Vaccination in Bombay 1863-1868 - 1863-1868
Year: 1863
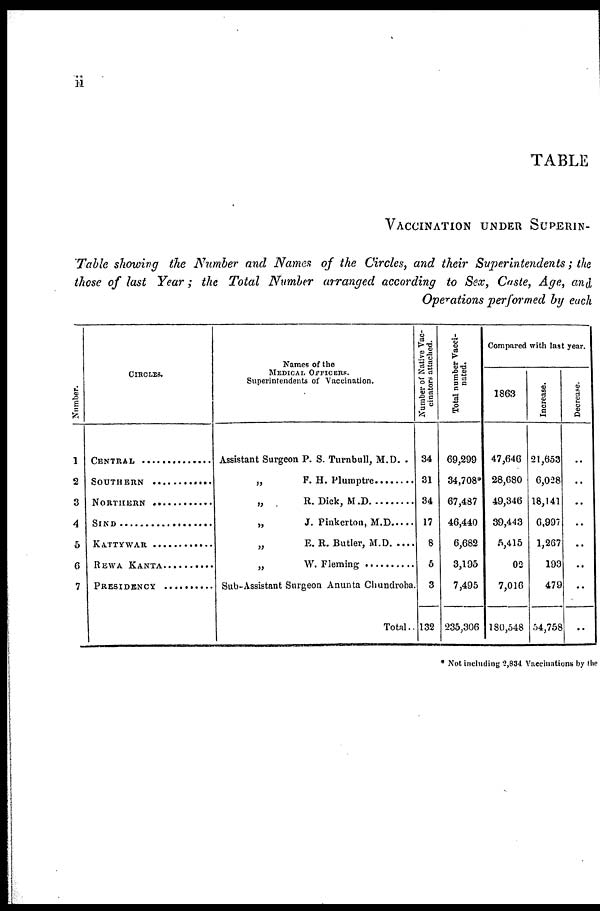
ii
TABLE
VACCINATION UNDER SUPERIN-
Table showing the Number and Names of the Circles, and their Superintendents ; the
those of last Year ; the Total Number arranged according to Sex, Caste, Age, and
Operations performed by each
Number.
1
2
3
4
5
6
7
CIRCLES.
CENTRAL .................
SOUTHERN ..............
NORTHERN .............
SIND .........................
KATTYWAR ............
REWA KANTA ........
PRESIDENCY ..........
Names of the
MEDICAL OFFICERS.
Superintendents of Vaccination.
Assistant Surgeon P. S. Turnbull, M. D. .
„ F.H. Plumptre .............................
„ R. Dick, M.D. ............................
„ J. Pinkerton, M.D. ....................
„
E. R. Butler, M.D
„ W. Fleming ...........................
Sub-Assistant Surgeon Anunta Chundroba.
Total..
Number of Native Vac-
cinators attached.
34
31
34
17
8
5
3
132
Total number Vacci-
nated.
69,299
34,708*
67,487
46,440
6,682
3,195
7,495
235,306
Compared with last year.
1863
47,646
28,680
49,346
39,443
5,415
02
7,016
180,548
Increase.
21,653
6,028
18,141
6,997
1,267
193
479
54,758
Decrease.
..
..
..
..
..
..
..
* Not including 2,834 Vaccinations by the